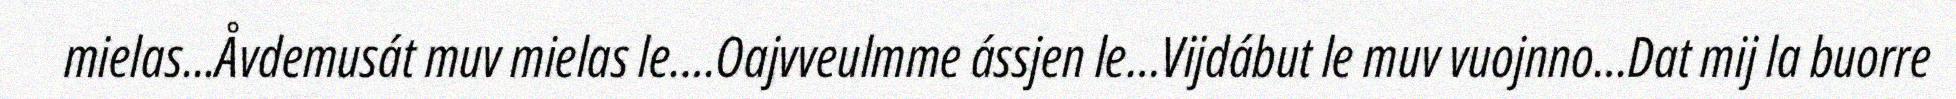
mielas...Åvdemusát muv mielas le.…Oajvveulmme ássjen le…Vijdábut le muv vuojnno…Dat mij la buorre